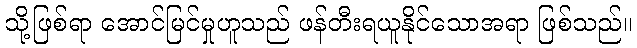
သို့ဖြစ်ရာ အောင်မြင်မှုဟူသည် ဖန်တီးရယူနိုင်သောအရာ ဖြစ်သည်။